Vabadussoja_Ajaloo_Komitee, lk 283
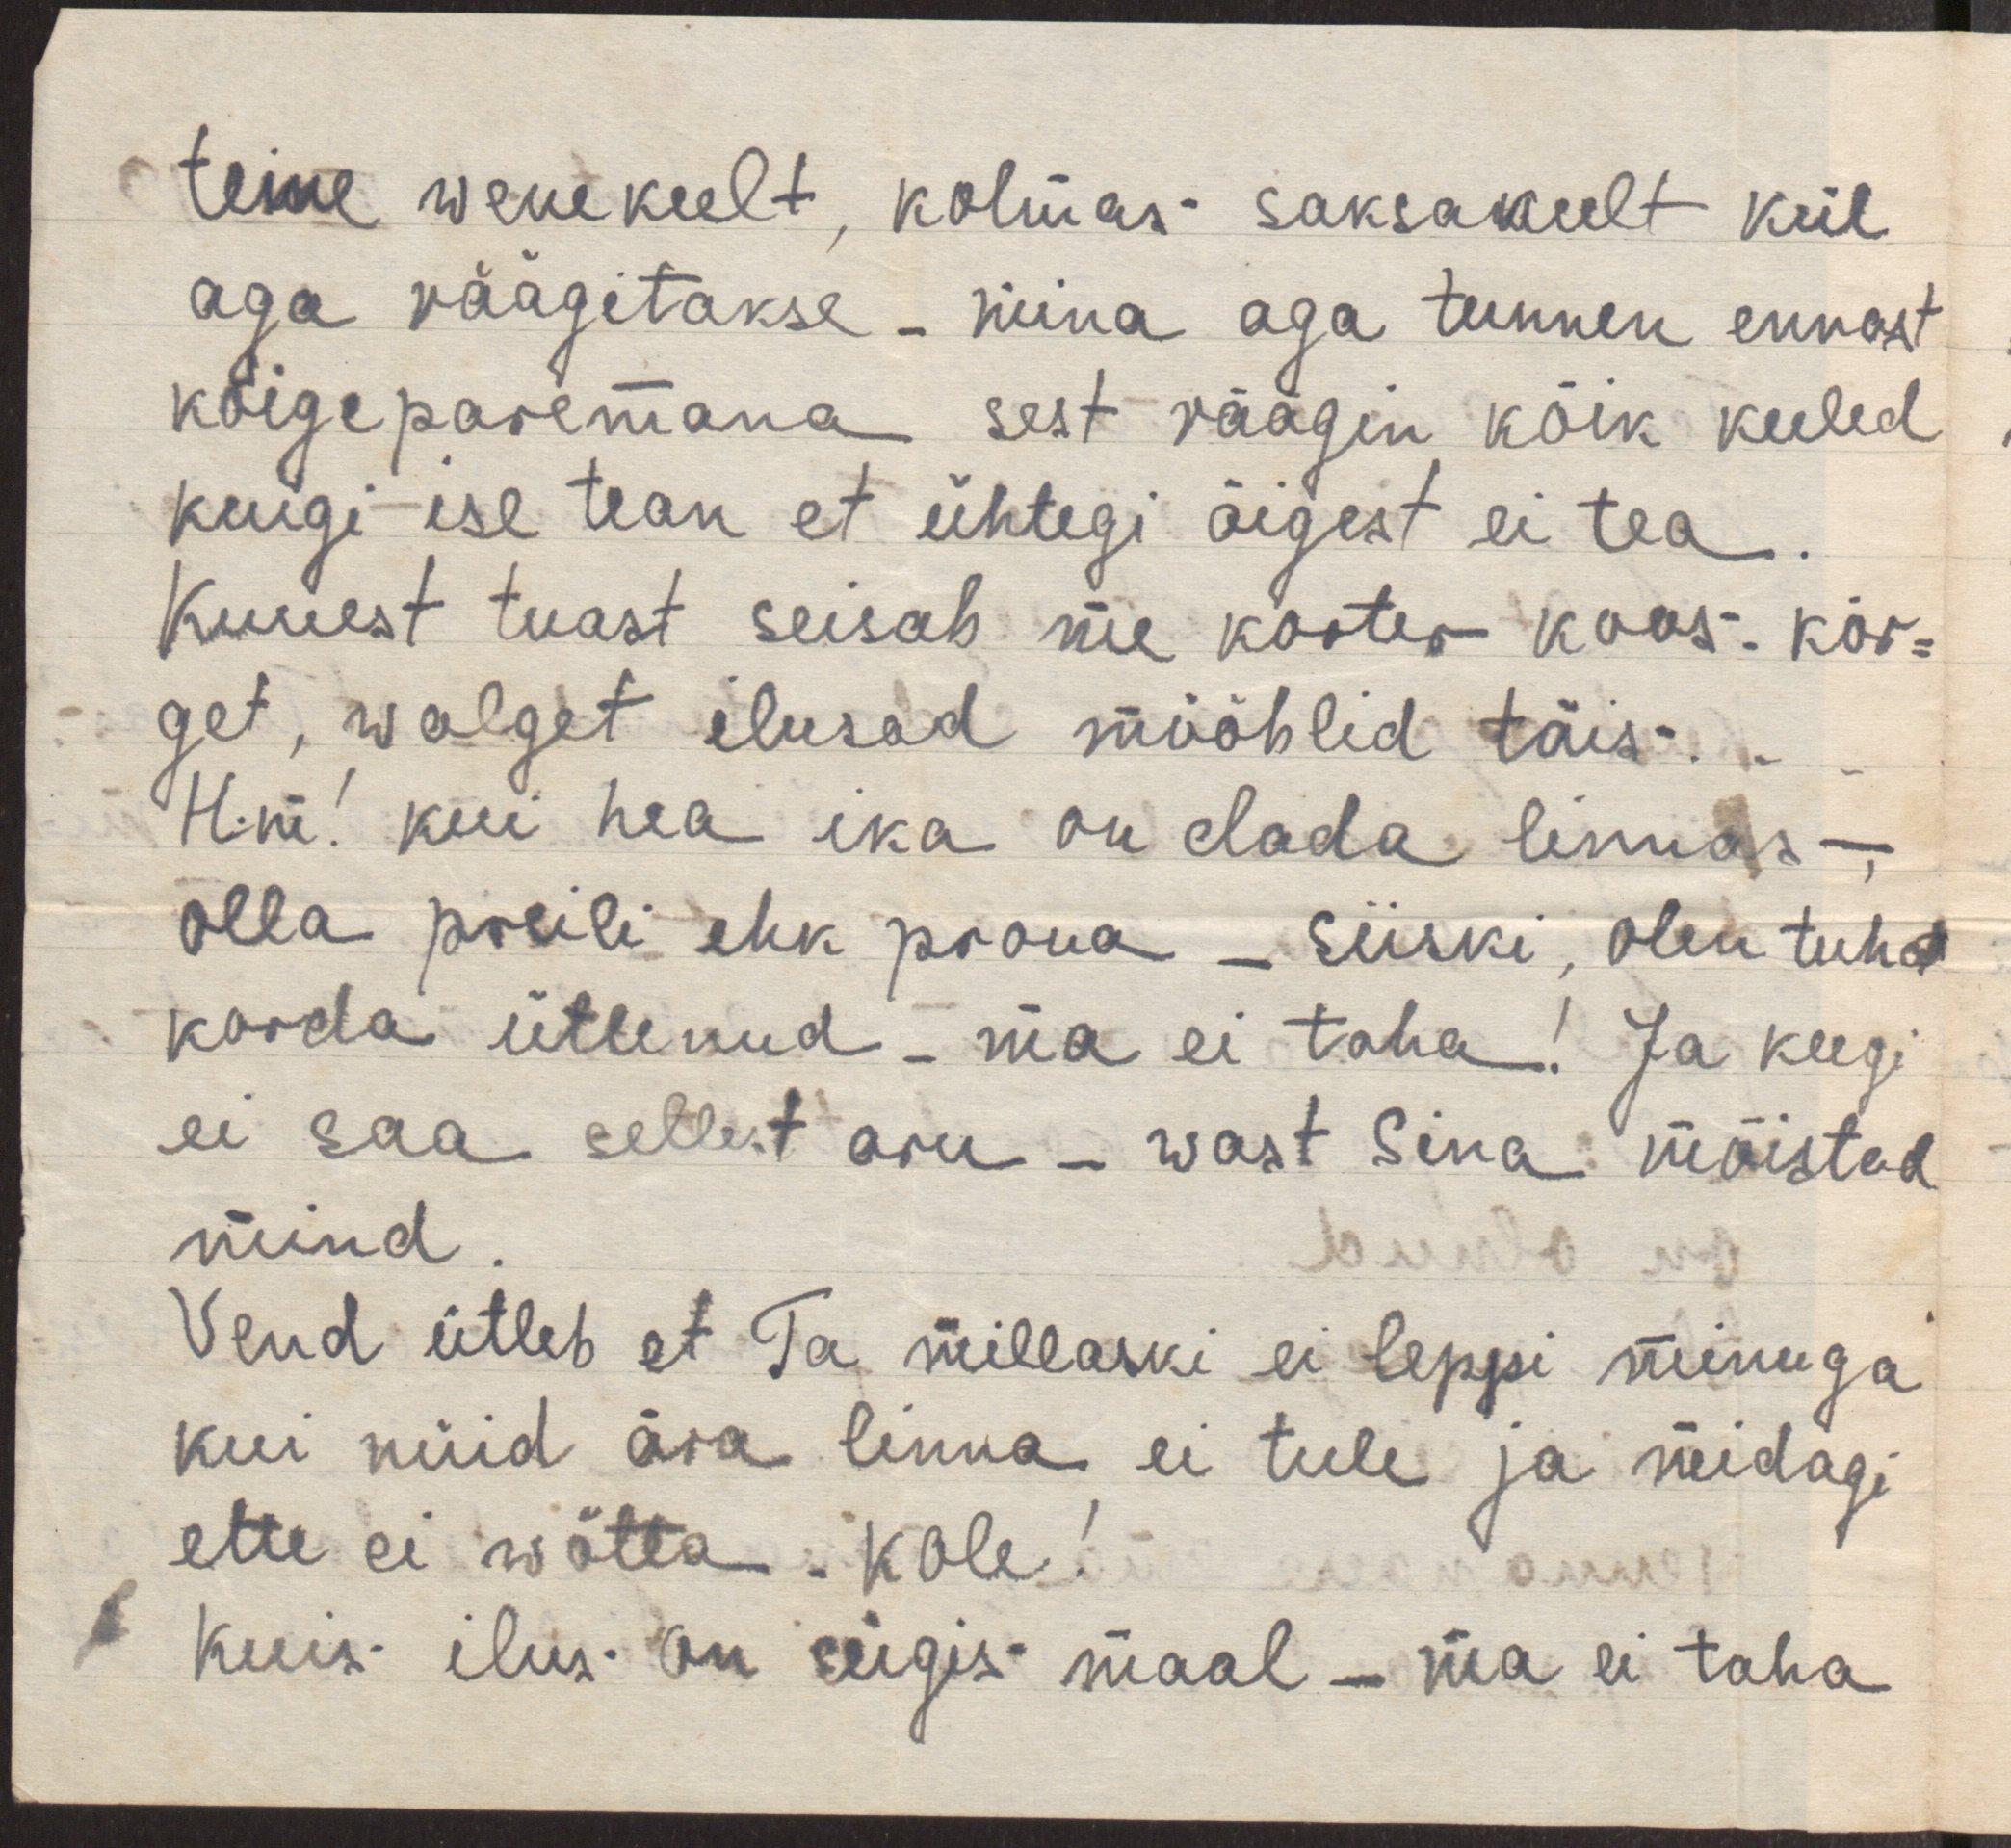
teine wenekeelt, kolmas saksakeelt kül
aga räägitakse - mina aga tunnen ennast
kõigeparemana sest räägin kõik keeled
kuigi ise tean et ühtegi õigest ei tea.
Kuuest tuast seisab me korter koos - kõr-
get, walget ilusad mööblid täis ...
Hm! kui hea ika on elada linnas,
olla preili ehk proua - siiski, olen tuhat
korda ütlenud - ma ei taha! Ja keegi
ei saa sellest aru - wast Sina mõistad
mind.
Vend ütleb et Ta millaski ei leppi minuga
kui nüid ära linna ei tule ja midagi
ette ei wõtta. Kole!
Kuis ilus on sügis maal - ma ei taha